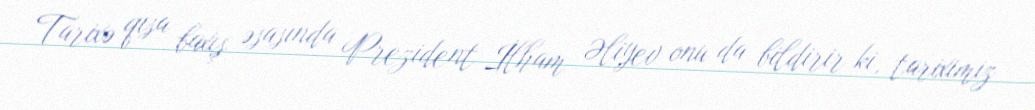
Tarixə qısa baxış əsasında Prezident İlham Əliyev onu da bildirir ki, tariximiz